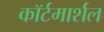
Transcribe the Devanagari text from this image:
काॅर्टमार्शल